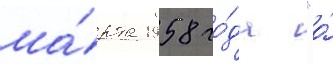
ма́рта 1958 го́да "о́